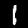
Label: 1